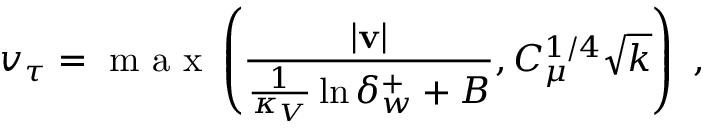
v _ { \tau } = \mathrm { ~ m ~ a ~ x ~ } \left( \frac { | \mathbf { v } | } { \frac { 1 } { \kappa _ { V } } \ln { \delta _ { w } ^ { + } } + B } , C _ { \mu } ^ { 1 / 4 } \sqrt { k } \right) \mathrm { ~ , ~ }